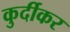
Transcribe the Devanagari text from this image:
कुर्दीकर